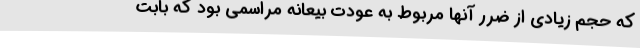
که حجم زیادی از ضرر آنها مربوط به عودت بیعانه مراسمی بود که بابت